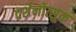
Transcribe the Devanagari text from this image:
दर्शनोत्सुक